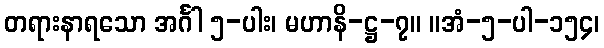
တရားနာရသော အင်္ဂါ ၅-ပါး၊ မဟာနိ-ဋ္ဌ-၇။ ။အံ-၅-ပါ-၁၅၄၊